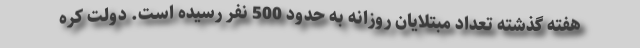
هفته گذشته تعداد مبتلایان روزانه به حدود 500 نفر رسیده است. دولت کره